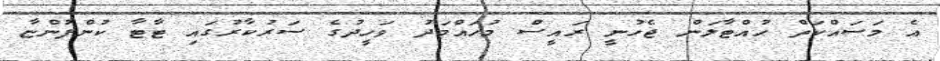
އެ މަސައްކަތް ހުއްޓާލަން ޖެހުނީ ރައީސް މުހައްމަދު ވަހީދުގެ ސަރުކާރުގައި ޓާޓާ ކުންފުންޏާ